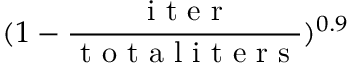
( 1 - \frac { \mathrm { ~ i ~ t ~ e ~ r ~ } } { \mathrm { ~ t ~ o ~ t ~ a ~ l ~ i ~ t ~ e ~ r ~ s ~ } } ) ^ { 0 . 9 }